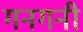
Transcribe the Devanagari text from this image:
गनगनी